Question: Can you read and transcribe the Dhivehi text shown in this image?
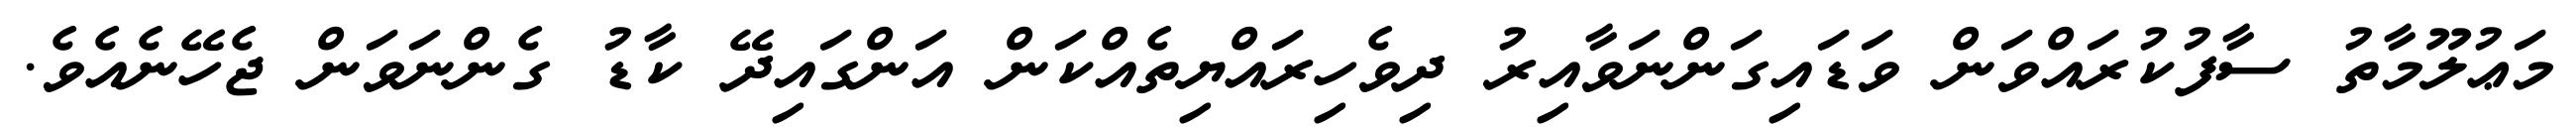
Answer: މަޢުލޫމާތު ސާފުކުރައްވަން ވަޑައިގަންނަވާއިރު ދިވެހިރައްޔިތެއްކަން އަންގައިދޭ ކާޑު ގެންނަވަން ޖެހޭނެއެވެ.